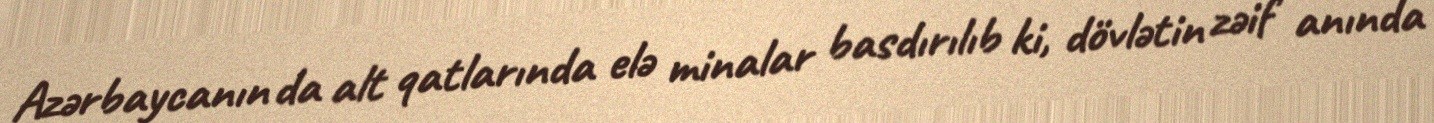
Azərbaycanın da alt qatlarında elə minalar basdırılıb ki, dövlətin zəif anında